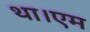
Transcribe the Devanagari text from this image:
था।एम